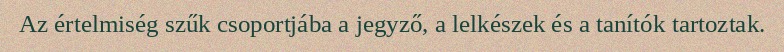
Az értelmiség szűk csoportjába a jegyző, a lelkészek és a tanítók tartoztak.